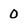
Character: 0